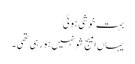
بہت خوشی ہوئی
یہاں‌امیج شو نہیں‌ہورہی تھی۔